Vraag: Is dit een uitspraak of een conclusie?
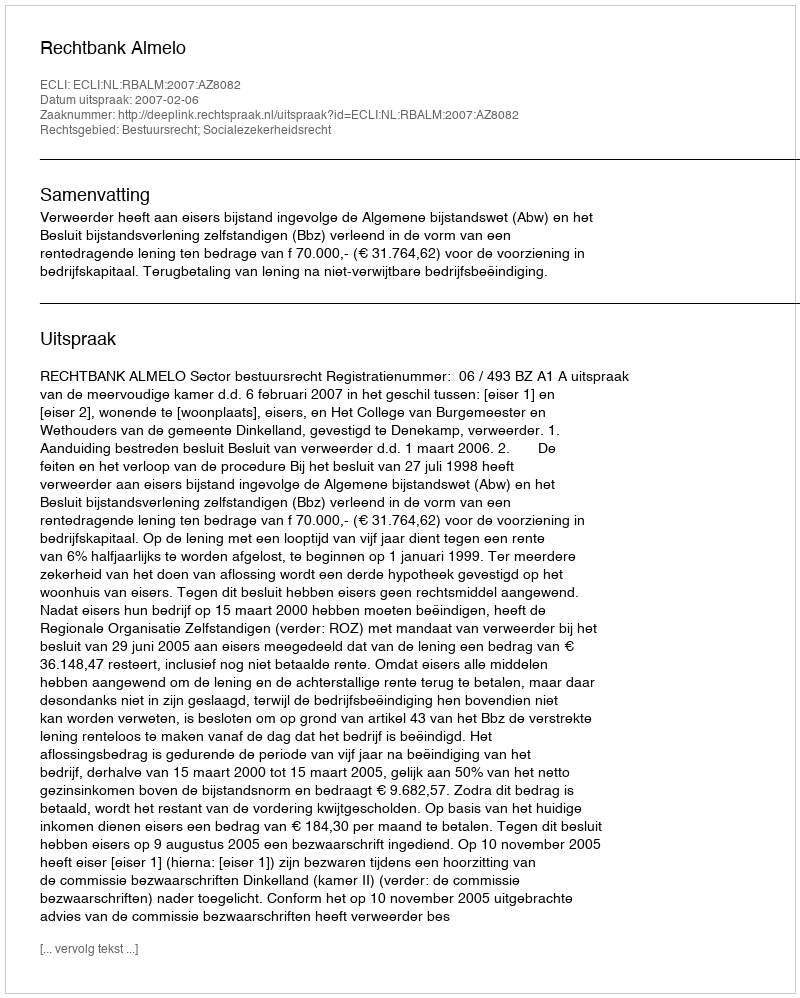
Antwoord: Uitspraak